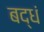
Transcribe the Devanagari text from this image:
बद्धं